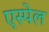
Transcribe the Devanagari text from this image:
एस्पेल